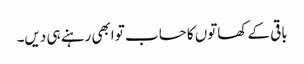
باقی کے کھاتوں کا حساب تو ابھی رہنے ہی دیں۔